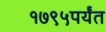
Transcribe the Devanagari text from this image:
१७९५पर्यंत